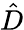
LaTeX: \hat{D}